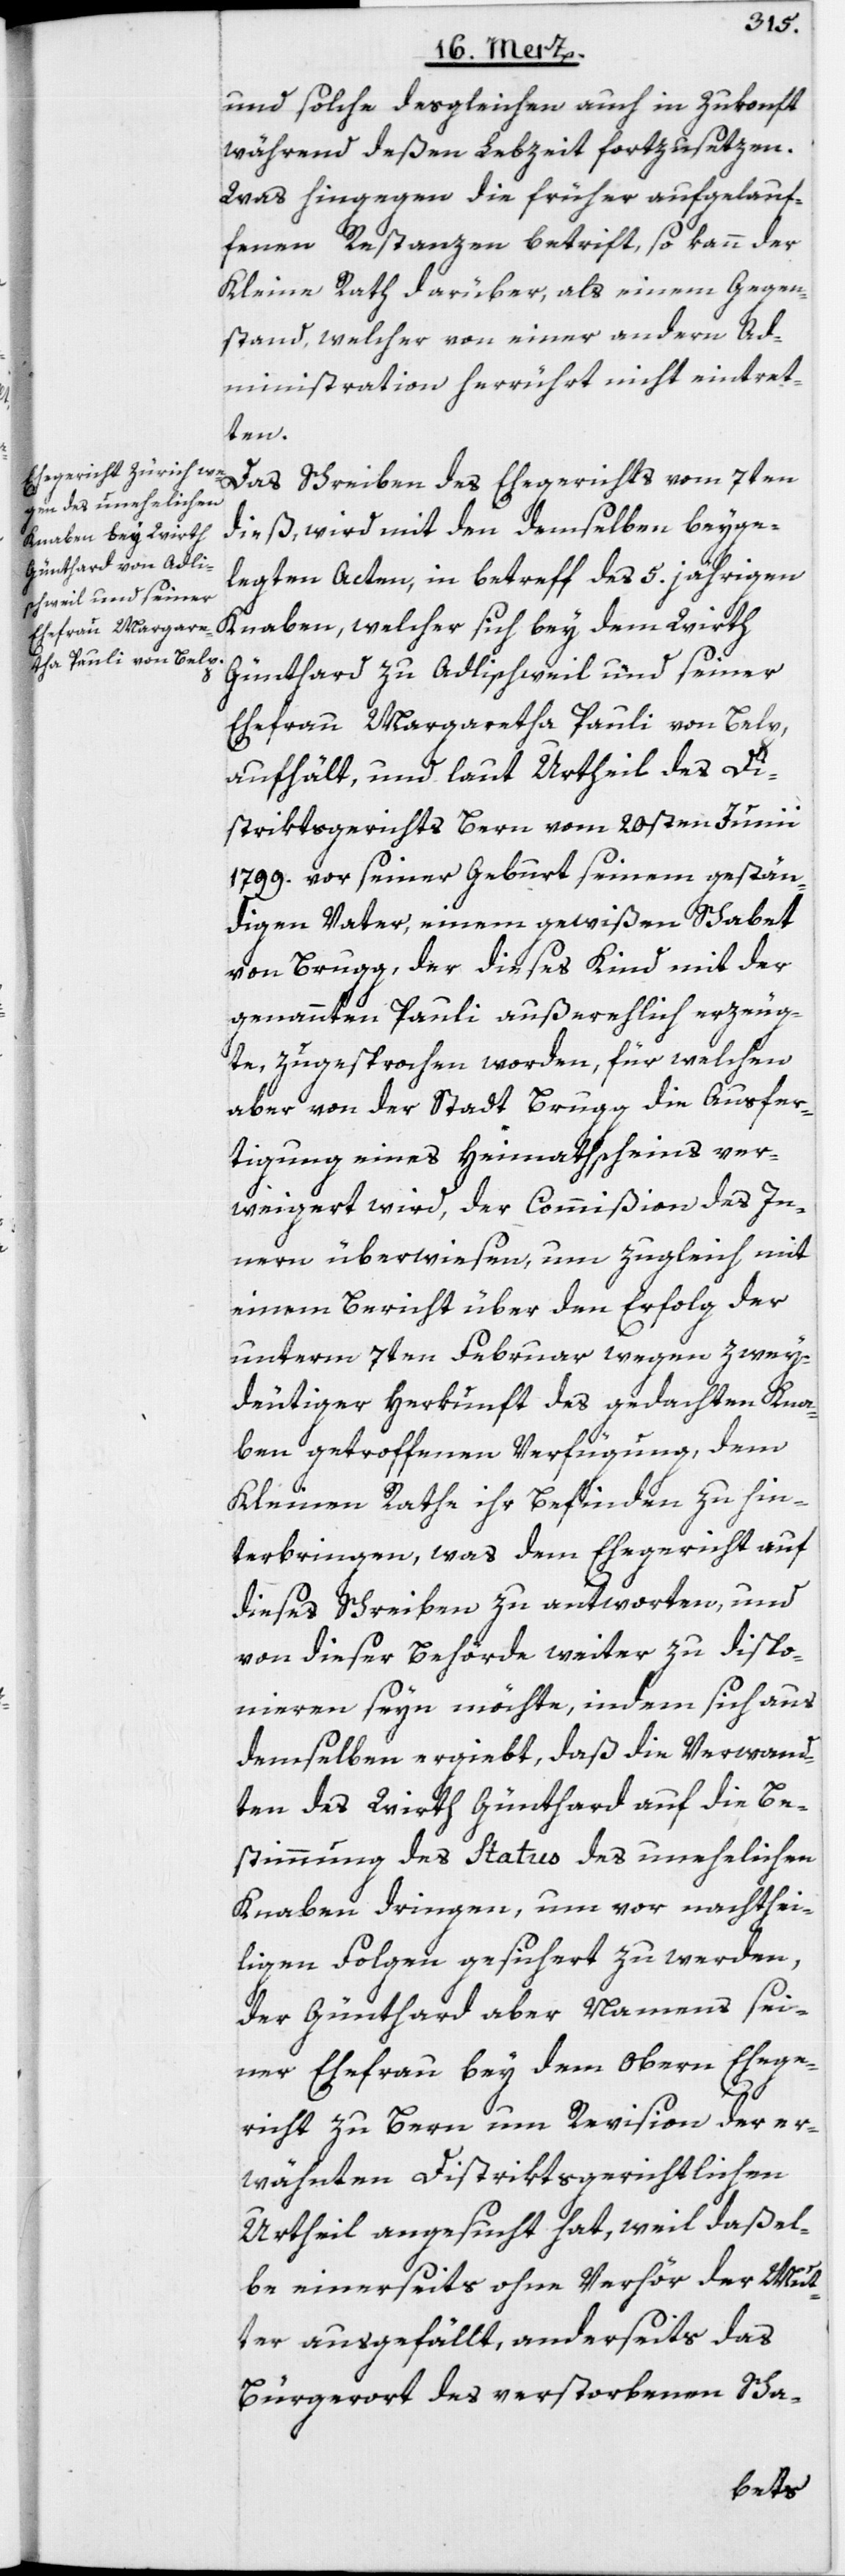
und solche dergleichen auch in Zukonft
während deßen Lebzeit fortzusetzen.
Was hingegen die früher aufgelauf¬
fenen Restanzen betrifft, so kann der
Kleine Rath darüber, als einem Gegen¬
stand, welcher von einer andern Ad¬
ministration herrührt nicht eintret¬
ten.
Das Schreiben des Ehegerichts vom 7ten
dieß, wird mit den demselben beyge¬
legten Acten, in betreff des 5. jährigen
Knaben, welcher sich bey dem Wirth
Günthard zu Adlischweil und seiner
Ehefrau Margaretha Pauli von Belp,
aufhält, und laut Urtheil des Di¬
striktsgerichts Bern vom 20sten Junii
1799. vor seiner Geburt seinem gestän¬
digen Vater, einem gewißen Schabet
von Brugg, der dieses Kind mit der
genannten Pauli außerehlich erzeug¬
te, zugesprochen worden, für welchen
aber von der Stadt Brugg die Ausfer¬
tigung eines Heimathscheins ver¬
weigert wird, der Commißion des In¬
nern überwiesen, um zugleich mit
einem Bericht über den Erfolg der
unterm 7ten Februar wegen zwey¬
deutiger Herkunft des gedachten Kna¬
ben getroffenen Verfügung, dem
Kleinen Rathe ihr Befinden zu hin¬
terbringen, was dem Ehegericht auf
dieses Schreiben zu antworten, und
von dieser Behörde weiter zu dispo¬
nieren seyn möchte, indem sich aus
demselben ergiebt, daß die Verwand¬
ten des Wirth Günthard auf die Be¬
stimmung des Status des unehelichen
Knaben dringen, um vor nachthei¬
ligen Folgen gesichert zu werden,
der Günthard aber Namens sei¬
ner Ehefrau bey dem Obern Ehege¬
richt zu Bern um Revision der er¬
wähnten Distriktsgerichtlichen
Urtheil angesucht hat, weil daßel¬
be einerseits ohne Verhör der Mut¬
ter ausgefällt, anderseits das
Bürgerort des verstorbenen Scha-